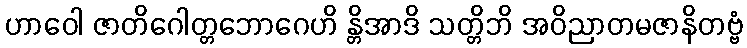
ဟာဝေါ ဇာတိဂေါတ္တဘောဂေဟိ န္တိအာဒိ သတ္တိဘိ အဝိညာတမဇာနိတဗ္ဗံ